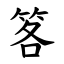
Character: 笿